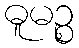
ဓူမဉ္စ